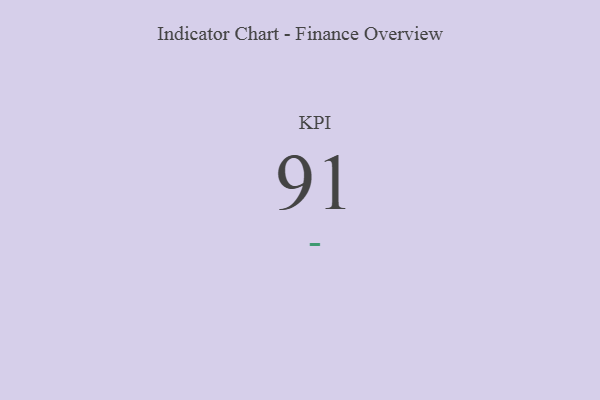
{"axis": {"x": "KPI", "y": "Value"}, "legend": [""], "data": [{"x": "KPI", "y": 91, "type": ""}]}